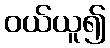
ဝယ်ယူ၍